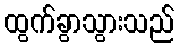
ထွက်ခွာသွားသည်